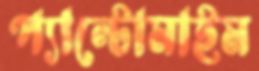
প্যান্টোমাইম